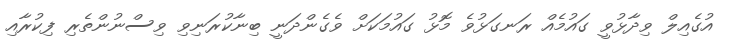
އުގެއިލް ވިދާޅުވީ ގައުމެއް ރަނގަޅުވެ މޮޅު ގައުމަކަށް ވެގެންދަނީ ބިނާކުރަނިވި ވިސްނުންތެރި ފިކުރާއި